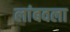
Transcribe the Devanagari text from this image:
लांबवला